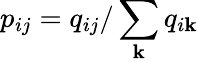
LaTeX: p_{ij}=q_{ij}/\sum_{\mathbf{k}}q_{i\mathbf{k}}